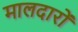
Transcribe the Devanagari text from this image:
मालदारों